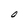
Character: O